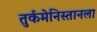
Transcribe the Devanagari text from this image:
तुर्कमेनिस्तानला